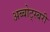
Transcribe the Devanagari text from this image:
अब्बोट्स्बरी